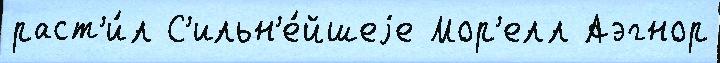
раст'и́л С'ильн'е́йшеjе Мор'елл Аэгнор